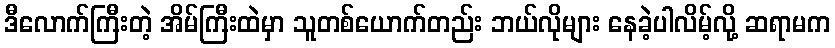
ဒီလောက်ကြီးတဲ့ အိမ်ကြီးထဲမှာ သူတစ်ယောက်တည်း ဘယ်လိုများ နေခဲ့ပါလိမ့်လို့ ဆရာမက